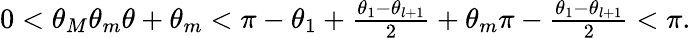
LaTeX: \begin{array}{r}{0<\theta_{M}\le\theta_{m}\le\theta+\theta_{m}<\pi-\theta_{1}+\frac{\theta_{1}-\theta_{l+1}}{2}+\theta_{m}\le\pi-\frac{\theta_{1}-\theta_{l+1}}{2}<\pi.}\end{array}